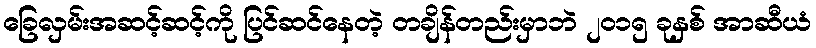
ခြေလှမ်းအဆင့်ဆင့်ကို ပြင်ဆင်နေတဲ့ တချိန်တည်းမှာဘဲ ၂၀၁၅ ခုနှစ် အာဆီယံ